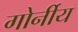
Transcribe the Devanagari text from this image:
गोर्नीय